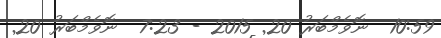
10:59  ނޮވެމްބަރު 20